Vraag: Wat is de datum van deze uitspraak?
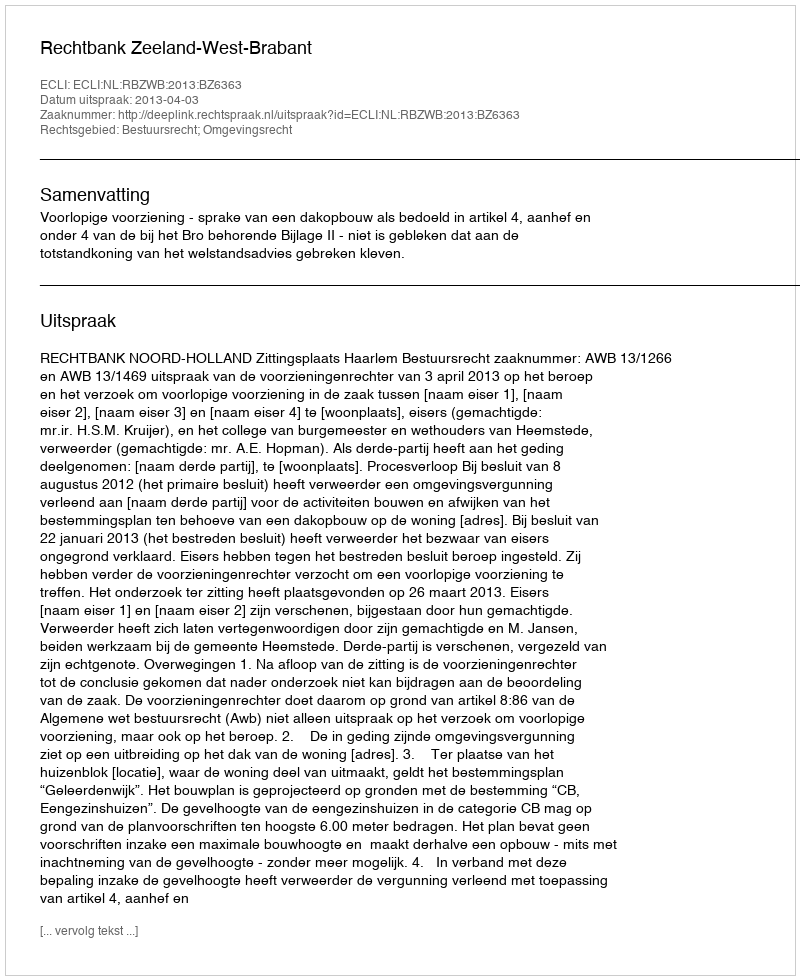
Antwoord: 2013-04-03